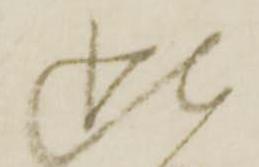
此